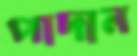
পাদান